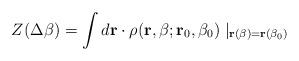
LaTeX: \begin{align*}Z(\Delta \beta )=\int d{\bf r}\cdot \rho ({\bf r},\beta ;{\bf r}_0,\beta_0)\mid _{{\bf r}(\beta )={\bf r}(\beta _0)}\end{align*}